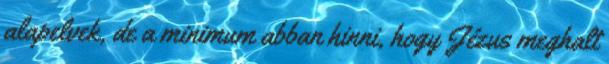
alapelvek, de a minimum abban hinni, hogy Jézus meghalt